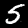
Label: 5